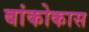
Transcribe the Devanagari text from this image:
बांकोकास